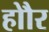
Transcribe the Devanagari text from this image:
होौर